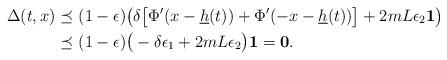
LaTeX: \begin{align*}\Delta(t,x)\preceq&\ (1-\epsilon) \big(\delta\big[\Phi'(x-\underline h(t))+\Phi'(-x-\underline h(t))\big]+2mL\epsilon_2\mathbf{1}\big)\\\preceq &\ (1-\epsilon)\big(-\delta \epsilon_1 +2mL\epsilon_2 \big)\mathbf{1}= \mathbf{0}.\end{align*}